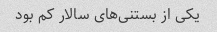
یکی از بستنی‌های سالار کم بود